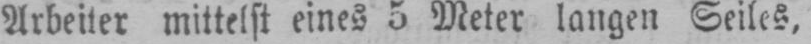
Arbeiter mittelst eines 5 Meter langen Seiles,